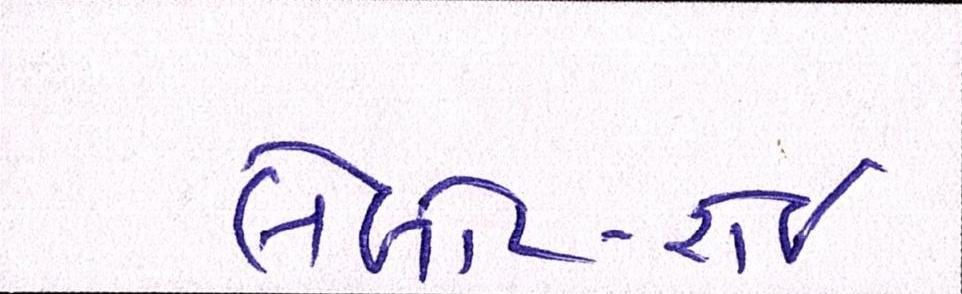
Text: લેબોર-રોઈ